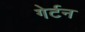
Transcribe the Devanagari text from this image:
गेर्टन